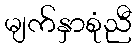
မျက်နှာစုံညီ